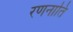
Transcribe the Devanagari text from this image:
रणनाति